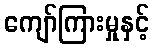
ကျော်ကြားမှုနှင့်